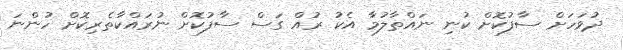
ދުވަހަށް ސާފުކޮށް ކުނި ނައްތާލުމާ އެކު ރުއް ގަސް ސާފުކޮށް ނުރައްކާތެރިކޮށް ހުންނަ